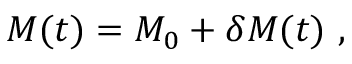
{ \cal M } ( t ) = { \cal M } _ { 0 } + \delta { \cal M } ( t ) \ ,